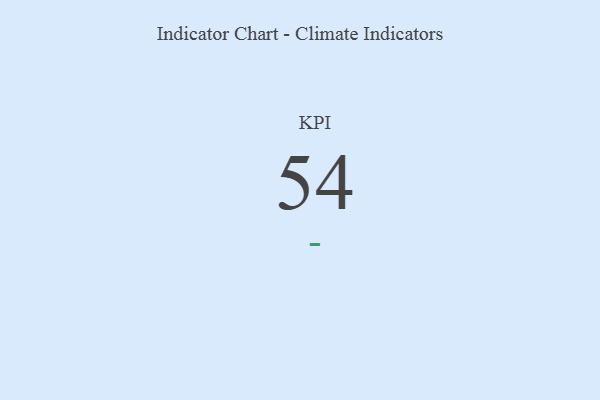
{"axis": {"x": "KPI", "y": "Value"}, "legend": [""], "data": [{"x": "KPI", "y": 54, "type": ""}]}